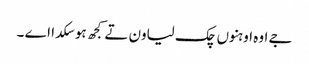
جے اوہ اوہنوں چک لیاون تے کجھ ہو سکدا اے ۔